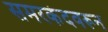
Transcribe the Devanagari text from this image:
समरकंदवरून